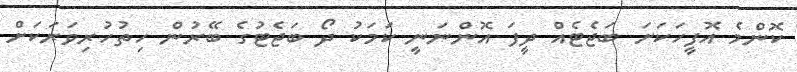
ކޮންމެ އޮފީހަކަށަ ބަޖެޓެއް ދީފަ އޮންނަނީ ކަމަކު ދޯ ބަޖެޓުގެ ބޭރުން ހިތުހުރިވަރަކަށް